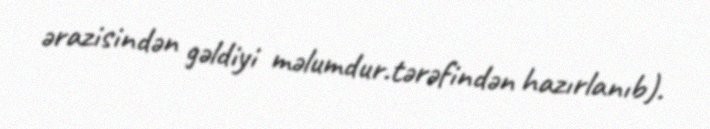
ərazisindən gəldiyi məlumdur.tərəfindən hazırlanıb).